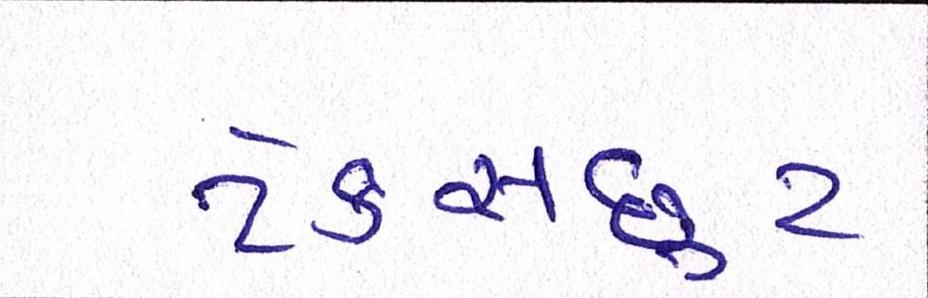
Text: ટેક્સછૂટ